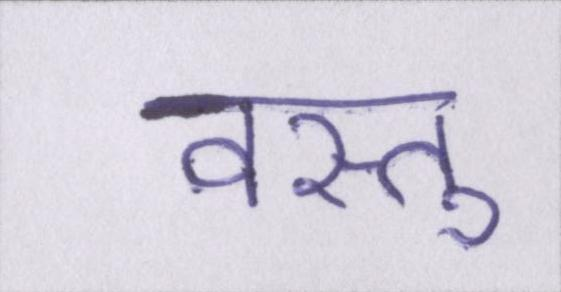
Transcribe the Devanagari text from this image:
वस्तु